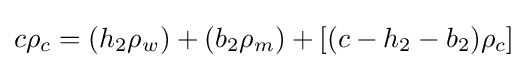
c\rho _{c}=(h_{2}\rho _{w})+(b_{2}\rho _{m})+[(c-h_{2}-b_{2})\rho _{c}]